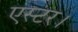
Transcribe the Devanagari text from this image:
एस्टर।